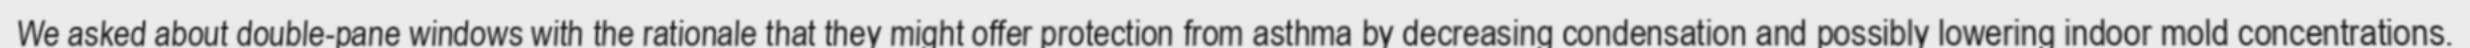
We asked about double-pane windows with the rationale that they might offer protection from asthma by decreasing condensation and possibly lowering indoor mold concentrations.